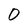
Character: O